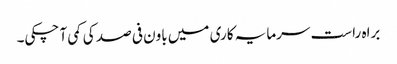
براہ راست سرمایہ کاری میں باون فی صد کی کمی آ چکی۔